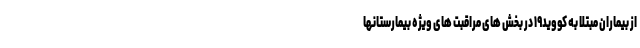
از بیماران مبتلا به کووید۱۹ در بخش های مراقبت های ویژه بیمارستانها